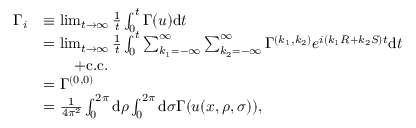
\begin{array} { r l } { \Gamma _ { i } } & { \equiv \operatorname* { l i m } _ { t \to \infty } \frac { 1 } { t } \int _ { 0 } ^ { t } \Gamma ( u ) \mathrm { d } t } \\ & { = \operatorname* { l i m } _ { t \to \infty } \frac { 1 } { t } \int _ { 0 } ^ { t } \sum _ { k _ { 1 } = - \infty } ^ { \infty } \sum _ { k _ { 2 } = - \infty } ^ { \infty } \Gamma ^ { ( k _ { 1 } , k _ { 2 } ) } e ^ { i ( k _ { 1 } R + k _ { 2 } S ) t } \mathrm { d } t } \\ & { \qquad + \mathrm { c . c . } } \\ & { = \Gamma ^ { ( 0 , 0 ) } } \\ & { = \frac { 1 } { 4 \pi ^ { 2 } } \int _ { 0 } ^ { 2 \pi } \mathrm { d } \rho \int _ { 0 } ^ { 2 \pi } \mathrm { d } \sigma \Gamma ( u ( x , \rho , \sigma ) ) , } \end{array}